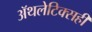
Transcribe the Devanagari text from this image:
ॲथलेटिक्सही